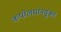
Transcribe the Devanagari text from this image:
कपोलधानयुक्त